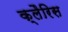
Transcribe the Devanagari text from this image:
क्लैरिस